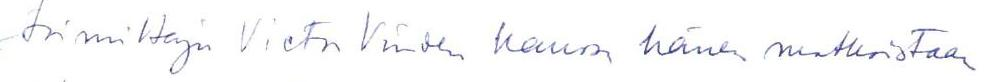
toimittajan Vietn Vinden kanssa hänen matkastaan